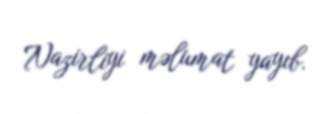
Nazirliyi məlumat yayıb.